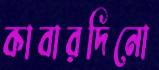
কাবারদিনো